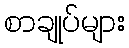
စာချုပ်များ